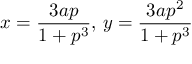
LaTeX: x = { \frac { 3 a p } { 1 + p ^ { 3 } } } , \, y = { \frac { 3 a p ^ { 2 } } { 1 + p ^ { 3 } } }